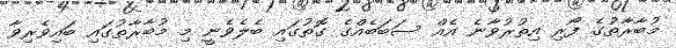
މުބާރާތުގެ ފޯރި އިތުރުވާނެ އެއް ސަބަބެއްގެ ގޮތުގައި ބެލެވެނީ މި މުބާރާތުގައި ބައިވެރިވާ